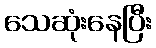
သေဆုံးနေပြီး